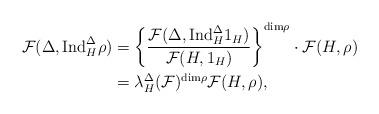
LaTeX: \begin{align*} \mathcal{F}(\Delta,\mathrm{Ind}_{H}^{\Delta}\rho) &=\left\{\frac{\mathcal{F}(\Delta,\mathrm{Ind}_{H}^{\Delta}1_H)}{\mathcal{F}(H,1_H)}\right\}^{\mathrm{dim}\rho}\cdot\mathcal{F}(H,\rho)\\ &=\lambda_{H}^{\Delta}(\mathcal{F})^{\mathrm{dim}\rho}\mathcal{F}(H,\rho), \end{align*}